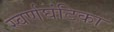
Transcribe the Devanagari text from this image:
स्वर्णघंटिका